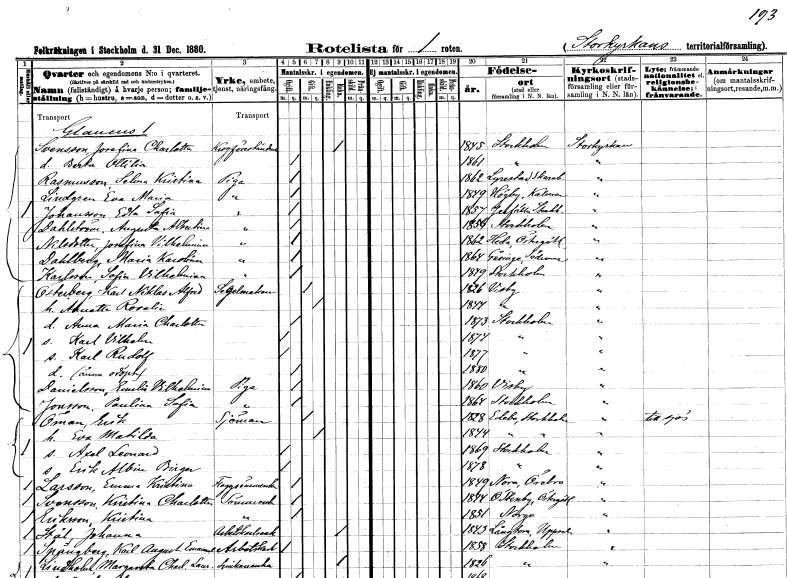
gt_parse: households: individuals: FN: Josefina Charlotta
EN: Svensson
YRKE: Krogföreståndarinna
KON: K
CIV: E
FODAR: 1845
FODFORS: Stockholm
FN: Berta Ottilia
KON: K
CIV: O
FODAR: 1861
FODFORS: Stockholm
FN: Selma Kristina
EN: Rasmusson
YRKE: Piga
KON: K
CIV: O
FODAR: 1862
FODFORS: Lyrestad Skaraborgs län
FN: Eva Maria
EN: Lindgren
YRKE: Piga
KON: K
CIV: O
FODAR: 1849
FODFORS: Högby Kalmar län
FN: Edla Sofia
EN: Johansson
YRKE: Piga
KON: K
CIV: O
FODAR: 1857
FODFORS: Järfälla Stockholms län
FN: Augusta Albertina
EN: Dahlström
YRKE: Piga
KON: K
CIV: O
FODAR: 1856
FODFORS: Stockholm
FN: Josefina Vilhelmina
EN: Nilsdotter
YRKE: Piga
KON: K
CIV: O
FODAR: 1862
FODFORS: Heda Östergötlands län
FN: Maria Karolina
EN: Dahlberg
YRKE: Piga
KON: K
CIV: O
FODAR: 1864
FODFORS: Gåsinge Södermanlands län
FN: Sofia Vilhelmina
EN: Karlsson
YRKE: Piga
KON: K
CIV: O
FODAR: 1849
FODFORS: Stockholm
FN: Karl Alfred
EN: Österberg
YRKE: Segelmakare
KON: M
CIV: G
FODAR: 1826
FODFORS: Visby Gotlands län
FN: Annette Rosalie
KON: K
CIV: G
FODAR: 1847
FODFORS: Visby Gotlands län
FN: Anna Maria Charlotta
KON: K
CIV: O
FODAR: 1873
FODFORS: Stockholm
FN: Karl Vilhelm
KON: M
CIV: O
FODAR: 1874
FODFORS: Stockholm
FN: Karl Rudolf
KON: M
CIV: O
FODAR: 1877
FODFORS: Stockholm
KON: K
CIV: O
FODAR: 1880
FODFORS: Stockholm
FN: Emelia Vilhelmina
EN: Danielsson
YRKE: Piga
KON: K
CIV: O
FODAR: 1860
FODFORS: Visby Gotlands län
FN: Paulina Sofia
EN: Jonsson
YRKE: Piga
KON: K
CIV: O
FODAR: 1868
FODFORS: Stockholm
FN: Erik
EN: Öman
YRKE: Sjöman
KON: M
CIV: G
FODAR: 1828
FODFORS: Edebo Stockholms län
FN: Eva Matilda
KON: K
CIV: G
FODAR: 1844
FODFORS: Edebo Stockholms län
FN: Axel Leonard
KON: M
CIV: O
FODAR: 1869
FODFORS: Stockholm
FN: Erik Albin Birger
KON: M
CIV: O
FODAR: 1878
FODFORS: Stockholm
FN: Emma Kristina
EN: Larsson
YRKE: Flaggsömmerska
KON: K
CIV: O
FODAR: 1849
FODFORS: Nora Örebro län
FN: Kristina Charlotta
EN: Svensson
YRKE: Sömmerska
KON: K
CIV: O
FODAR: 1874
FODFORS: Östra Stenby Östergötlands län